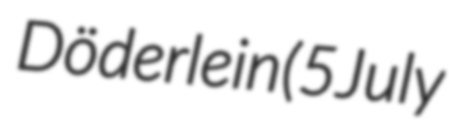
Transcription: Döderlein (5 July